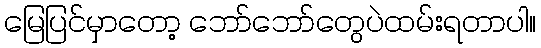
မြေပြင်မှာတော့ ဘော်ဘော်တွေပဲထမ်းရတာပါ။